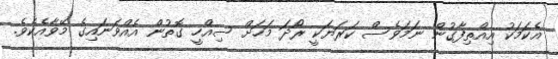
އެކަމަކު އިއްތިފާގުން ނަމަވެސް ކަރަޔަކީ ރޯދަ މަހަށް ސިއްހީ ގޮތުން އެއްވަނައިގެ މޭވާއެކެވެ.